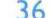
36